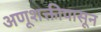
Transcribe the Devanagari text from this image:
अणूशक्तीपासून